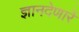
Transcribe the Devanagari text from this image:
ज्ञानदेणारें